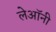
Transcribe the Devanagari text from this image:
लेऑनी